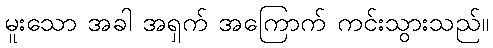
မူးသော အခါ အရှက် အကြောက် ကင်းသွားသည်။